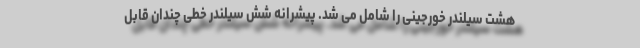
هشت سیلندر خورجینی را شامل می شد. پیشرانه شش سیلندر خطی چندان قابل